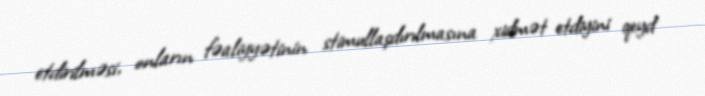
etdirilməsi, onların fəaliyyətinin stimullaşdırılmasına xidmət etdiyini qeyd